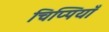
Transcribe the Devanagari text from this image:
चिप्पियाँ